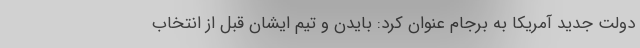
دولت جدید آمریکا به برجام عنوان کرد: بایدن و تیم ایشان قبل از انتخاب